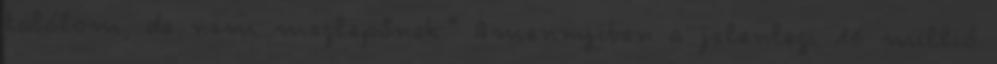
találom, de nem meglepőnek." Amennyiben a jelenlegi 16 millió